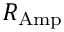
R _ { \mathrm { A m p } }